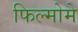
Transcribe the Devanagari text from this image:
फिल्मोमे